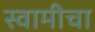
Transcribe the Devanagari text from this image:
स्वामीचा